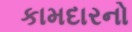
કામદારનો